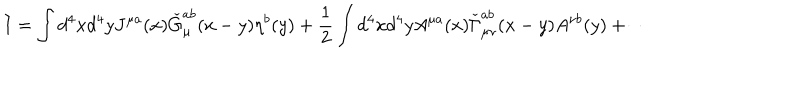
I = \int d ^ { 4 } x d ^ { 4 } y J ^ { \mu a } ( x ) \check { G } _ { \mu } ^ { a b } ( x - y ) \eta ^ { b } ( y ) + \frac 1 2 \int d ^ { 4 } x d ^ { 4 } y A ^ { \mu a } ( x ) \check { \Gamma } _ { \mu \nu } ^ { a b } ( x - y ) A ^ { \nu b } ( y ) + \cdots